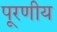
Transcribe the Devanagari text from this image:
पूरणीय